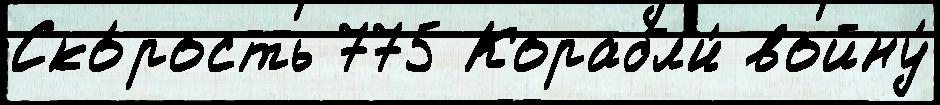
Ско́рость 775 Корабл'и́ войну́